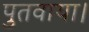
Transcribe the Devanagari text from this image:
पुतवाया।